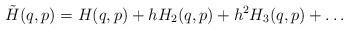
LaTeX: \begin{align*}\tilde{H}(q,p) = H(q,p) + h H_2(q,p) + h^2 H_3(q,p) + \ldots\end{align*}